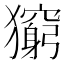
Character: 𤢶